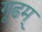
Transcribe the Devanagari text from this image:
गूढम्